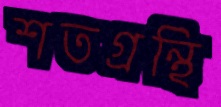
শতগ্রন্থি